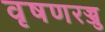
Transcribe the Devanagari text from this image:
वृषणरज्जु